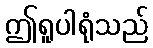
ဤရူပါရုံသည်